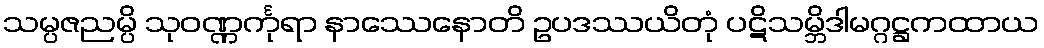
သမ္ပဇညမ္ပိ သုဝဏ္ဏင်္ကုရာ နာဿေနောတိ ဥပဒဿယိတုံ ပဋိသမ္ဘိဒါမဂ္ဂဋ္ဌကထာယ